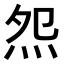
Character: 𤇘